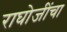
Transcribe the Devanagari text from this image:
राघोजींचा